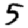
Digit: 5